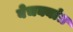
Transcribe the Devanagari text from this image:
बेचक्यांत